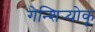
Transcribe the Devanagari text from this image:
गेन्शिर्‍योकू